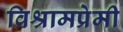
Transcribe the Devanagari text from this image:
विश्रामप्रेमी